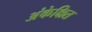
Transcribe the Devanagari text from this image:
अंकेक्षित